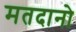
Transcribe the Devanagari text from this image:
मतदानो